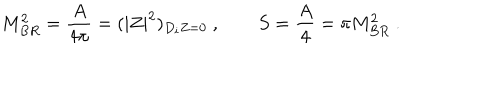
LaTeX: M _ { B R } ^ { 2 } = { \frac { A } { 4 \pi } } = ( | Z | ^ { 2 } ) _ { D _ { i } Z = 0 } \ , \qquad S = { \frac { A } { 4 } } = \pi M _ { B R } ^ { 2 } \ .